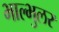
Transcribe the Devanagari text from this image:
भाल्भुलर